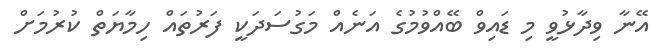
އޭނާ ވިދާޅުވީ މި ޑައިވް ބޭއްވުމުގެ އަނެއް މަގުސަދަކީ ފަރުތައް ހިމާޔަތް ކުރުމަށް